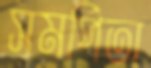
সমর্পিতা